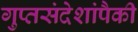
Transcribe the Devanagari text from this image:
गुप्तसंदेशांपैकी